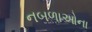
નબળાઓના